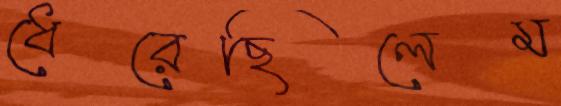
ধেরেছিলেম